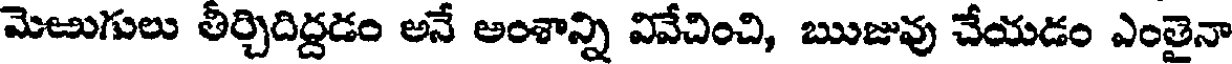
మెఱుగులు తీర్చిదిద్దడం అనే అంశాన్ని వివేచించి, ఋజువు చేయడం ఎంతైనా